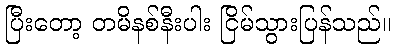
ပြီးတော့ တမိနစ်နီးပါး ငြိမ်သွားပြန်သည်။